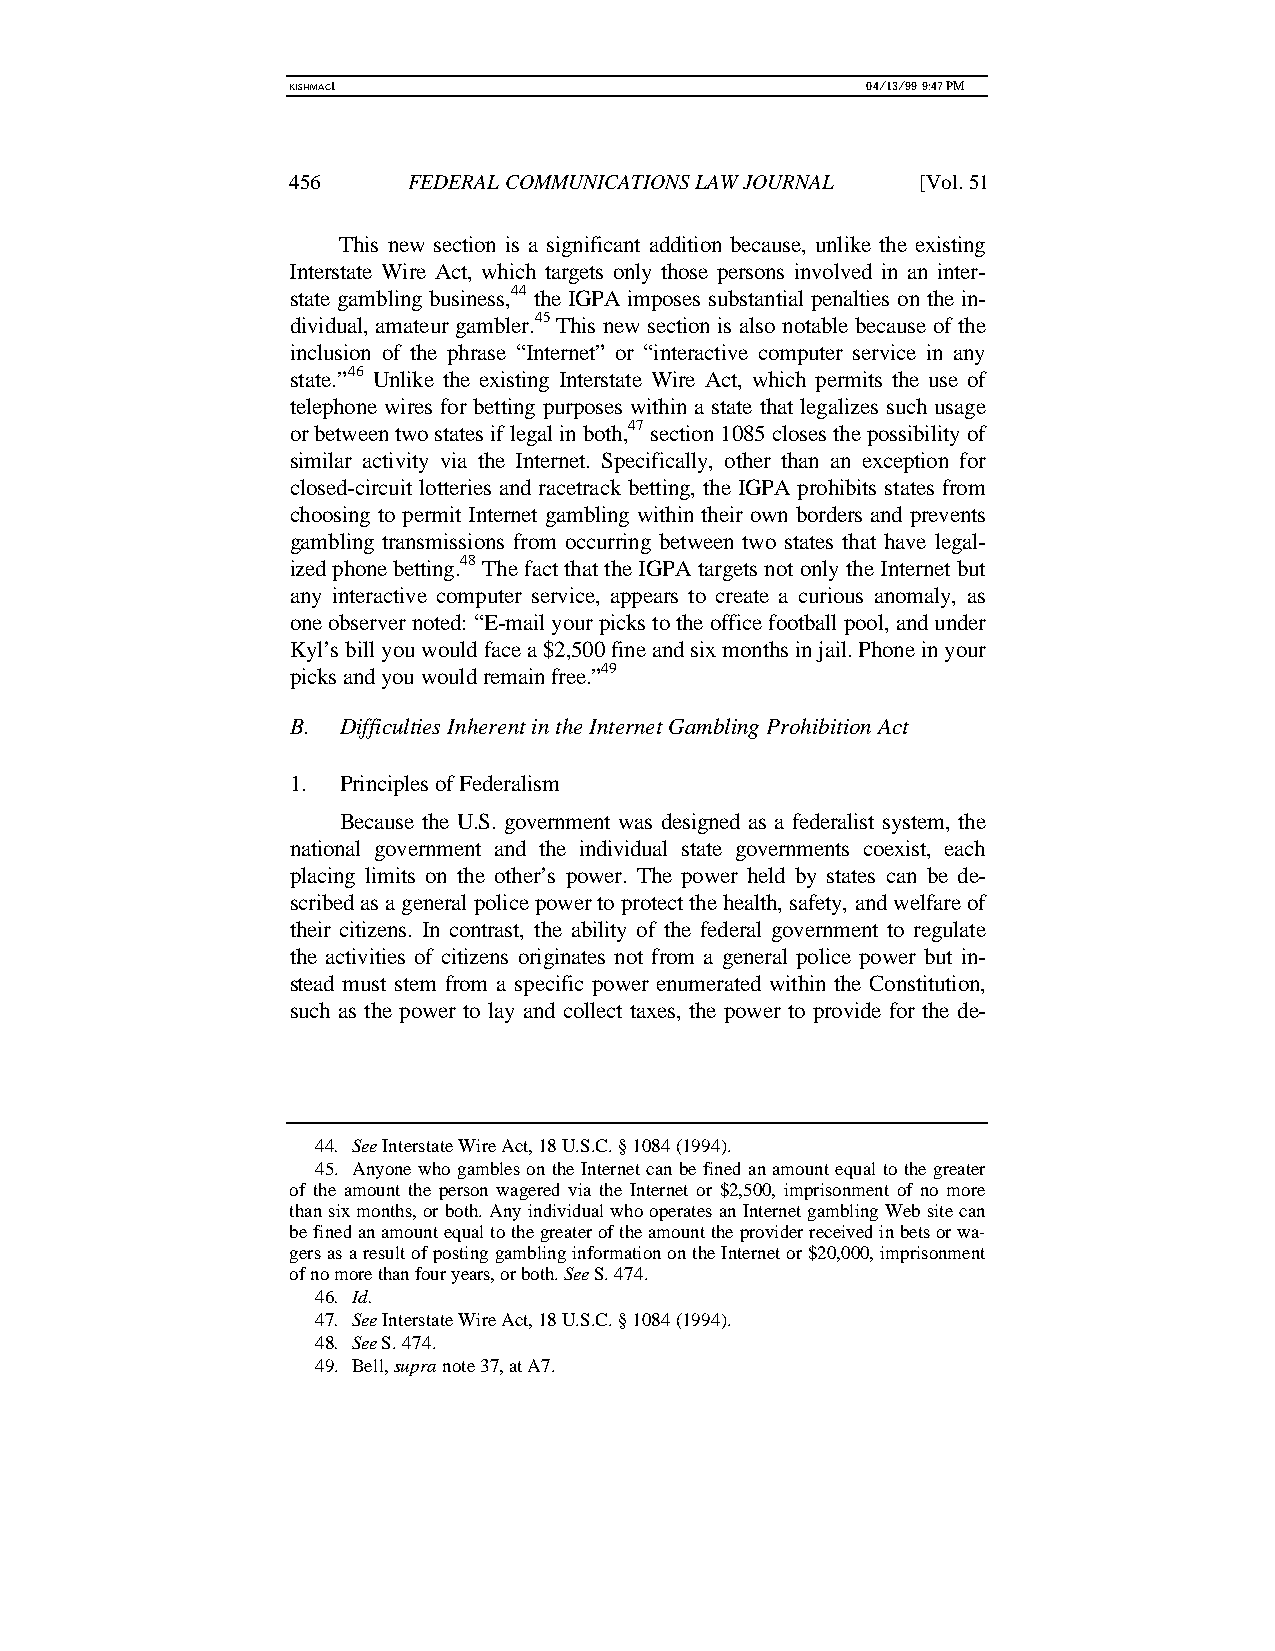
KISHMAC1                              04/13/99 9:47 PM
 456     FEDERAL COMMUNICATIONS LAW JOURNAL [Vol. 51
 This new section is a significant addition because, unlike the existing
 Interstate Wire Act, which targets only those persons involved in an inter-
 state gambling business,44 the IGPA imposes substantial penalties on the in-
 dividual, amateur gambler.45 This new section is also notable because of the
 inclusion of the phrase “Internet” or “interactive computer service in any
 state.”46 Unlike the existing Interstate Wire Act, which permits the use of
 telephone wires for betting purposes within a state that legalizes such usage
 or between two states if legal in both,47 section 1085 closes the possibility of
 similar activity via the Internet. Specifically, other than an exception for
 closed-circuit lotteries and racetrack betting, the IGPA prohibits states from
 choosing to permit Internet gambling within their own borders and prevents
 gambling transmissions from occurring between two states that have legal-
 ized phone betting.48 The fact that the IGPA targets not only the Internet but
 any interactive computer service, appears to create a curious anomaly, as
 one observer noted: “E-mail your picks to the office football pool, and under
 Kyl’s bill you would face a $2,500 fine and six months in jail. Phone in your
 picks and you would remain free.”49
 B. Difficulties Inherent in the Internet Gambling Prohibition Act
 1. Principles of Federalism
 Because the U.S. government was designed as a federalist system, the
 national government and the individual state governments coexist, each
 placing limits on the other’s power. The power held by states can be de-
 scribed as a general police power to protect the health, safety, and welfare of
 their citizens. In contrast, the ability of the federal government to regulate
 the activities of citizens originates not from a general police power but in-
 stead must stem from a specific power enumerated within the Constitution,
 such as the power to lay and collect taxes, the power to provide for the de-
 44. See Interstate Wire Act, 18 U.S.C. § 1084 (1994).
 45. Anyone who gambles on the Internet can be fined an amount equal to the greater
 of the amount the person wagered via the Internet or $2,500, imprisonment of no more
 than six months, or both. Any individual who operates an Internet gambling Web site can
 be fined an amount equal to the greater of the amount the provider received in bets or wa-
 gers as a result of posting gambling information on the Internet or $20,000, imprisonment
 of no more than four years, or both. See S. 474.
 46. Id.
 47. See Interstate Wire Act, 18 U.S.C. § 1084 (1994).
 48. See S. 474.
 49. Bell, supra note 37, at A7.